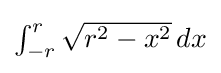
{\textstyle \int _{-r}^{r}{\sqrt {r^{2}-x^{2}}}\,dx}